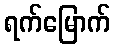
ရက်မြောက်